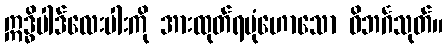
ဣဒ္ဓိပါဒ်လေးပါးကို အားထုတ်ရပုံဟောသော ဝိဘင်္ဂသုတ်။